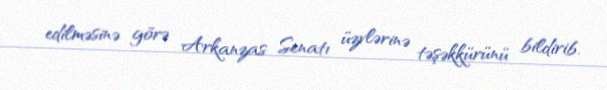
edilməsinə görə Arkanzas Senatı üzvlərinə təşəkkürünü bildirib.